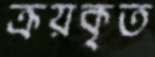
ক্রয়কৃত